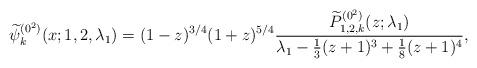
LaTeX: \begin{gather*} \widetilde{\psi }_{k}^{(0^{2})}(x;1,2,\lambda _{1})=( 1-z) ^{3/4}(1+z) ^{5/4}\frac{\widetilde{P}_{1,2,k}^{( 0^{2}) }(z; \lambda_1) }{\lambda _{1}-\frac{1}{3}(z+1) ^{3}+\frac{1}{8}(z+1) ^{4}},\end{gather*}